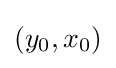
(y_{0},x_{0})